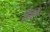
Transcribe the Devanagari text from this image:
पूत्रों